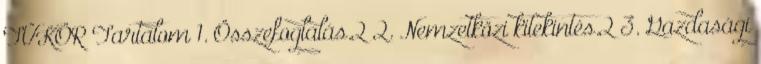
TÜKÖR Tartalom 1. Összefoglalás.2 2. Nemzetközi kitekintés.2 3. Gazdasági